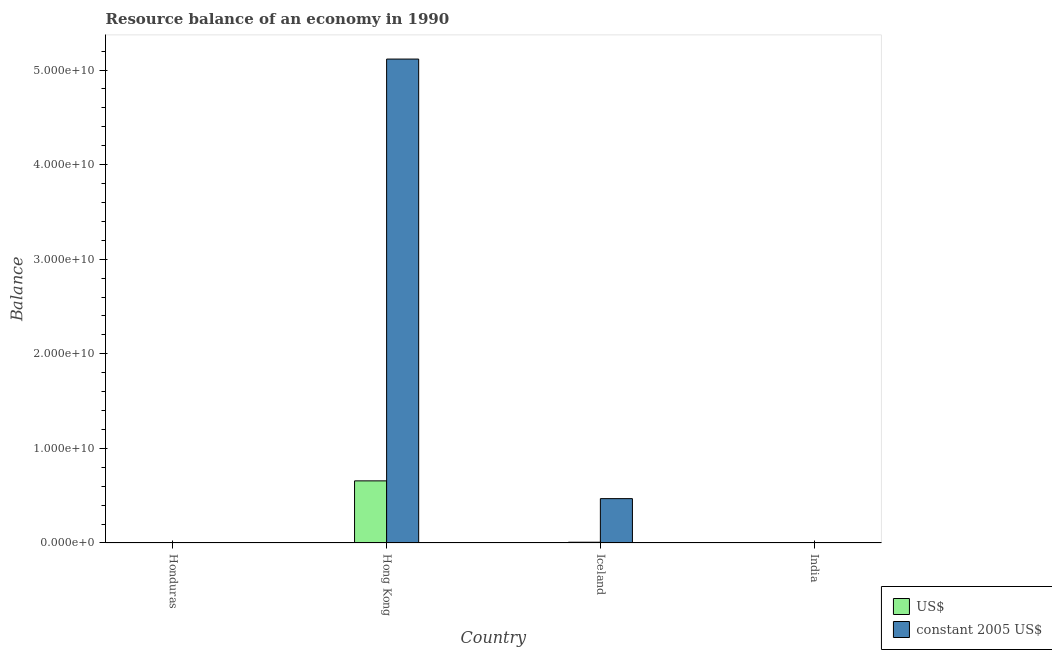
| Country | US$ | constant 2005 US$ |
 | --- | --- | --- |
 | Honduras | -8.37e+07 | -3.44e+08 |
 | Hong Kong | 6.57e+09 | 5.12e+10 |
 | Iceland | 8.05e+07 | 4.69e+09 |
 | India | -4.49e+09 | -8.06e+10 |